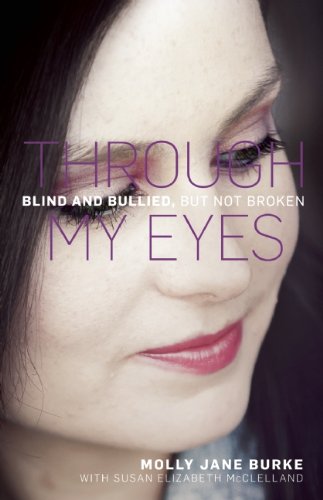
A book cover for Through My Eyes: Blind and Bullied, But Not Broken; Molly Jane Burke; Teen & Young Adult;